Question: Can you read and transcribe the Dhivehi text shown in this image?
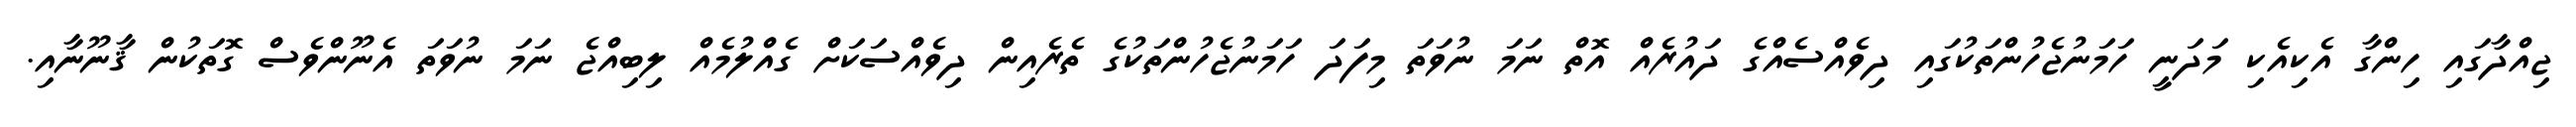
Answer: ޖިއްދާގައި ހިންގާ އެކިއެކި މަދަނީ ހަމަނުޖެހުންތަކުގައި ދިވެއްސެއްގެ ދައުރެއް އޮތް ނަމަ ނުވަތަ މިފަދަ ހަމަނުޖެހުންތަކުގެ ތެރެއިން ދިވެއްސަކަށް ގެއްލުމެއް ލިބިއްޖެ ނަމަ ނުވަތަ އެނޫންވެސް ގޮތަކުން ޤާނޫނާއި.